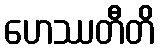
ဟေဿတီတိ